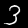
Label: 3